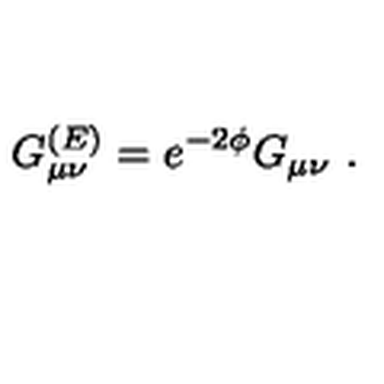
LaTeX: G _ { \mu \nu } ^ { ( E ) } = e ^ { - 2 \phi } G _ { \mu \nu } \ .